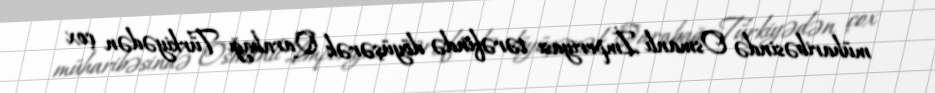
müharibəsində Osmanlı İmperiyası tərəfində döyüşərək Qarabağı Türkiyədən çox